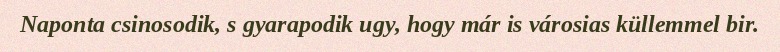
Naponta csinosodik, s gyarapodik ugy, hogy már is városias küllemmel bir.